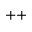
^ { + + }